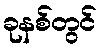
ခုနစ်တွင်